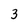
Character: 3